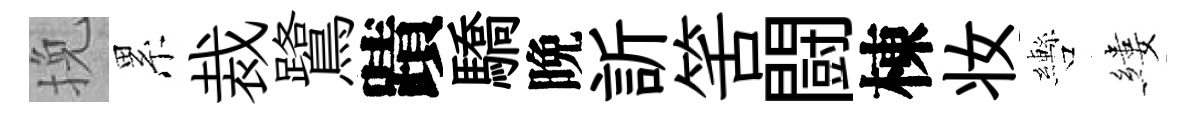
挽累裁鷺蹟驕晩訢筈闘棟妆轡縷